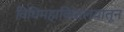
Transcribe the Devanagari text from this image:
विधिमहाविद्यालयातून